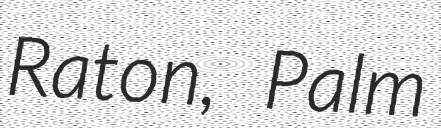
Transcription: Raton, Palm